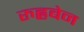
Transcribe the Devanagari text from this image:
रुह्लबेन